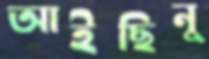
আইছিনু